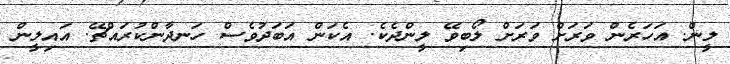
ލީން. އަހަރެން ވަރަށް ވަރަށް ލޯބިވޭ ލީންދެކެ. އެކަން އަބަދުވެސް ހަނދާންކުރައްޗޭ. އައިލީން